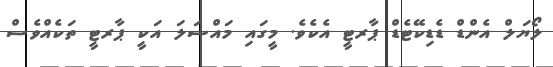
ލޯޔަލް އެންޑް ޑެޑިކޭޓެޑް ޕާރޓީ އެކެވެ. މީގައި މައްސަލަ އަކީ ޕާރޓީ ތަކެއްވެސް